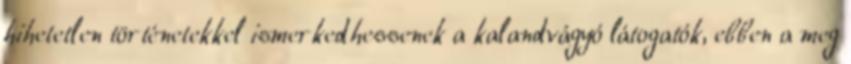
hihetetlen történetekkel ismerkedhessenek a kalandvágyó látogatók, ebben a meg